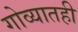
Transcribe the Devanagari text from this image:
गोव्यातही